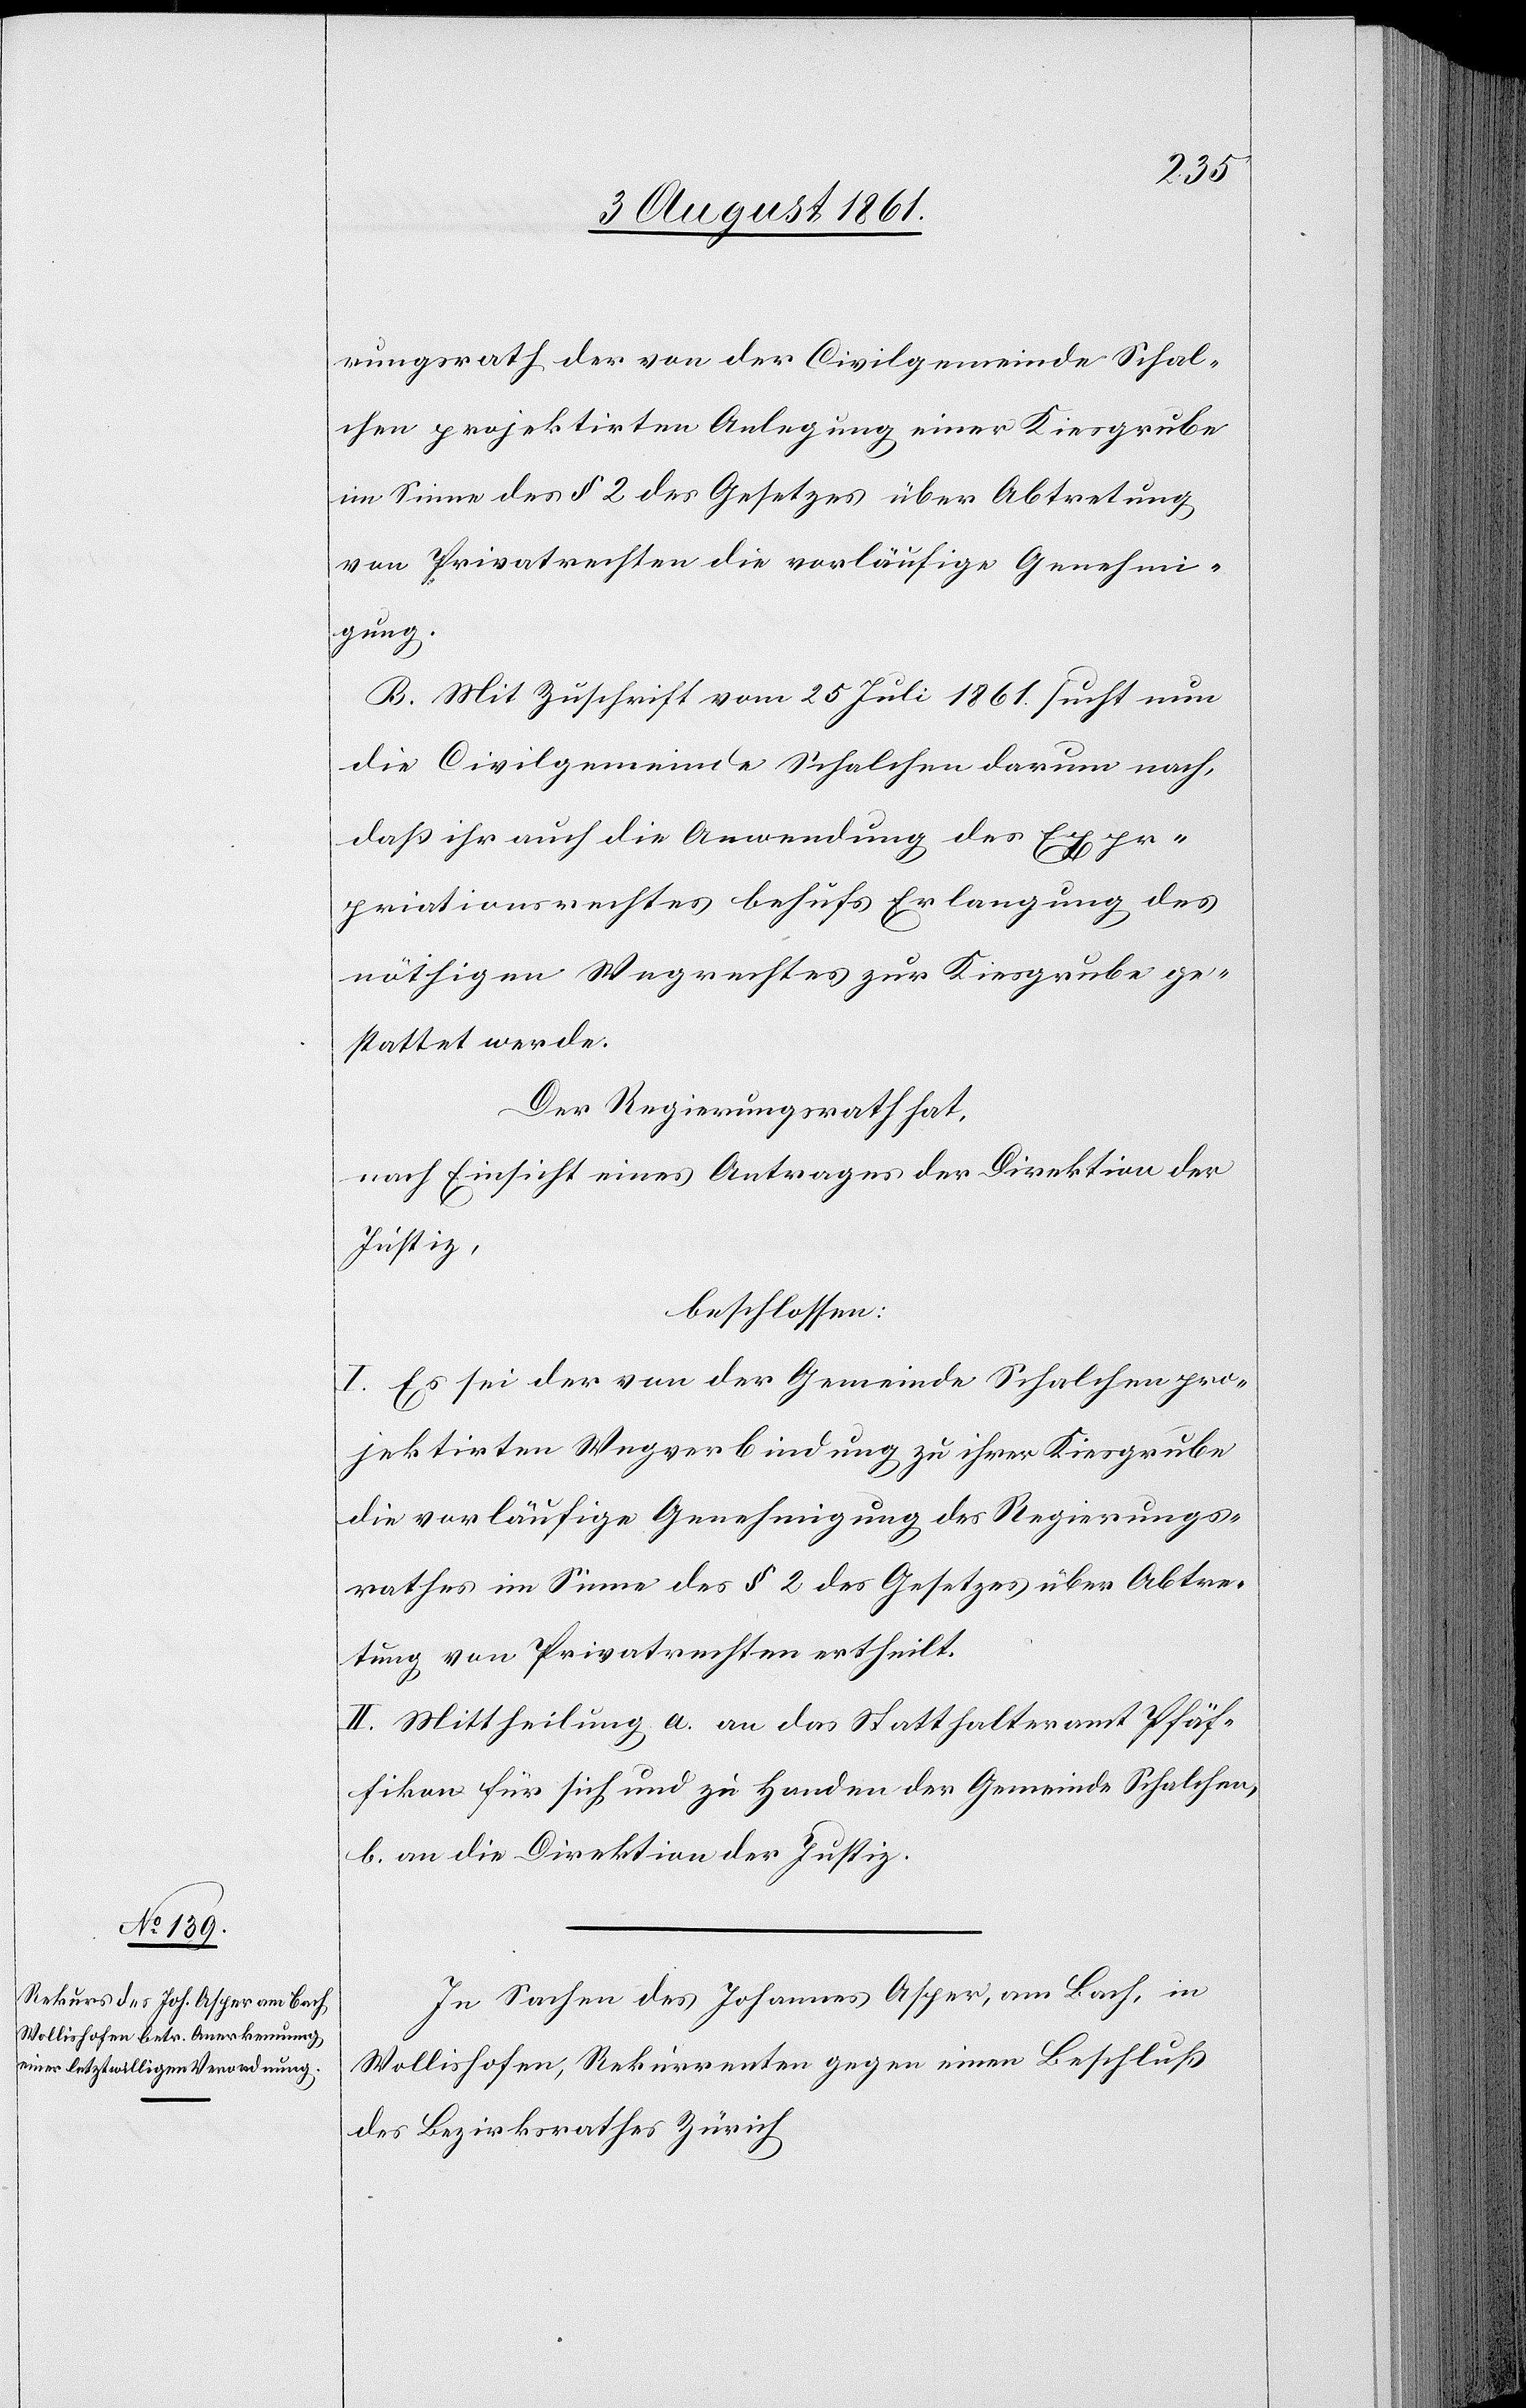
rungsrath der von der Civilgemeinde Schal¬
chen projektirten Anlegung einer Kiesgrube
im Sinne von § 2 des Gesetzes über Abtretung
von Privatinteressen die vorläufige Genehmi¬
gung.
B. Mit Zuschrift vom 25 Juli 1861 sucht nun
die Civilgemeinde Schalchen darum nach,
daß ihr auch die Anwendung des Expro¬
priationsrechtes behufs Erlangung des
nöthigen Wegrechtes zur Kiesgrube ge¬
stattet werde.
Der Regierungsrath hat,
nach Einsicht eines Antrages der Direktion der
Justiz,
beschlossen:
I. Es sei der von der Gemeinde Schalchen pro¬
jektirten Wegverbindung zu ihrer Kiesgrube
die vorläufige Genehmigung des Regierungs¬
rathes im Sinne des § 2 des Gesetzes über Abtre¬
tung von Privatrechten ertheilt.
II. Mittheilung a. an das Statthalteramt Pfäf¬
fikon für sich und zu Handen der Gemeinde Schalchen,
b. an die Direktion der Justiz.
In Sachen des Johannes Asper, am Bach, in
Wollishofen, Rekurrenten gegen einen Beschluß
des Bezirksrathes Zürich